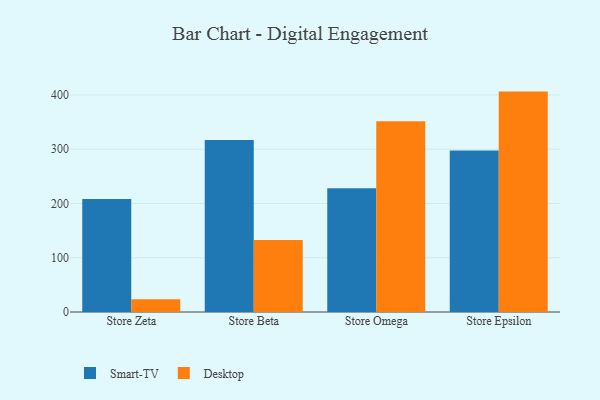
{"axis": {"x": "Store", "y": "Churn Rate (%)"}, "legend": ["Desktop", "Smart-TV"], "data": [{"x": "Store Zeta", "y": 208.1, "type": "Smart-TV"}, {"x": "Store Zeta", "y": 23.7, "type": "Desktop"}, {"x": "Store Beta", "y": 316.9, "type": "Smart-TV"}, {"x": "Store Beta", "y": 132.8, "type": "Desktop"}, {"x": "Store Omega", "y": 227.9, "type": "Smart-TV"}, {"x": "Store Omega", "y": 351.4, "type": "Desktop"}, {"x": "Store Epsilon", "y": 297.7, "type": "Smart-TV"}, {"x": "Store Epsilon", "y": 406.2, "type": "Desktop"}]}